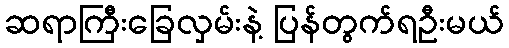
ဆရာကြီးခြေလှမ်းနဲ့ ပြန်တွက်ရဦးမယ်